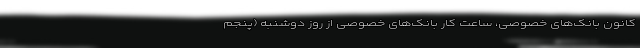
کانون بانک‌های خصوصی، ساعت کار بانک‌های خصوصی از روز دوشنبه (پنجم